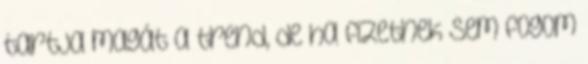
tartja magát a trend, de ha fizetnek sem fogom